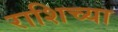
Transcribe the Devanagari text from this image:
राशिच्या